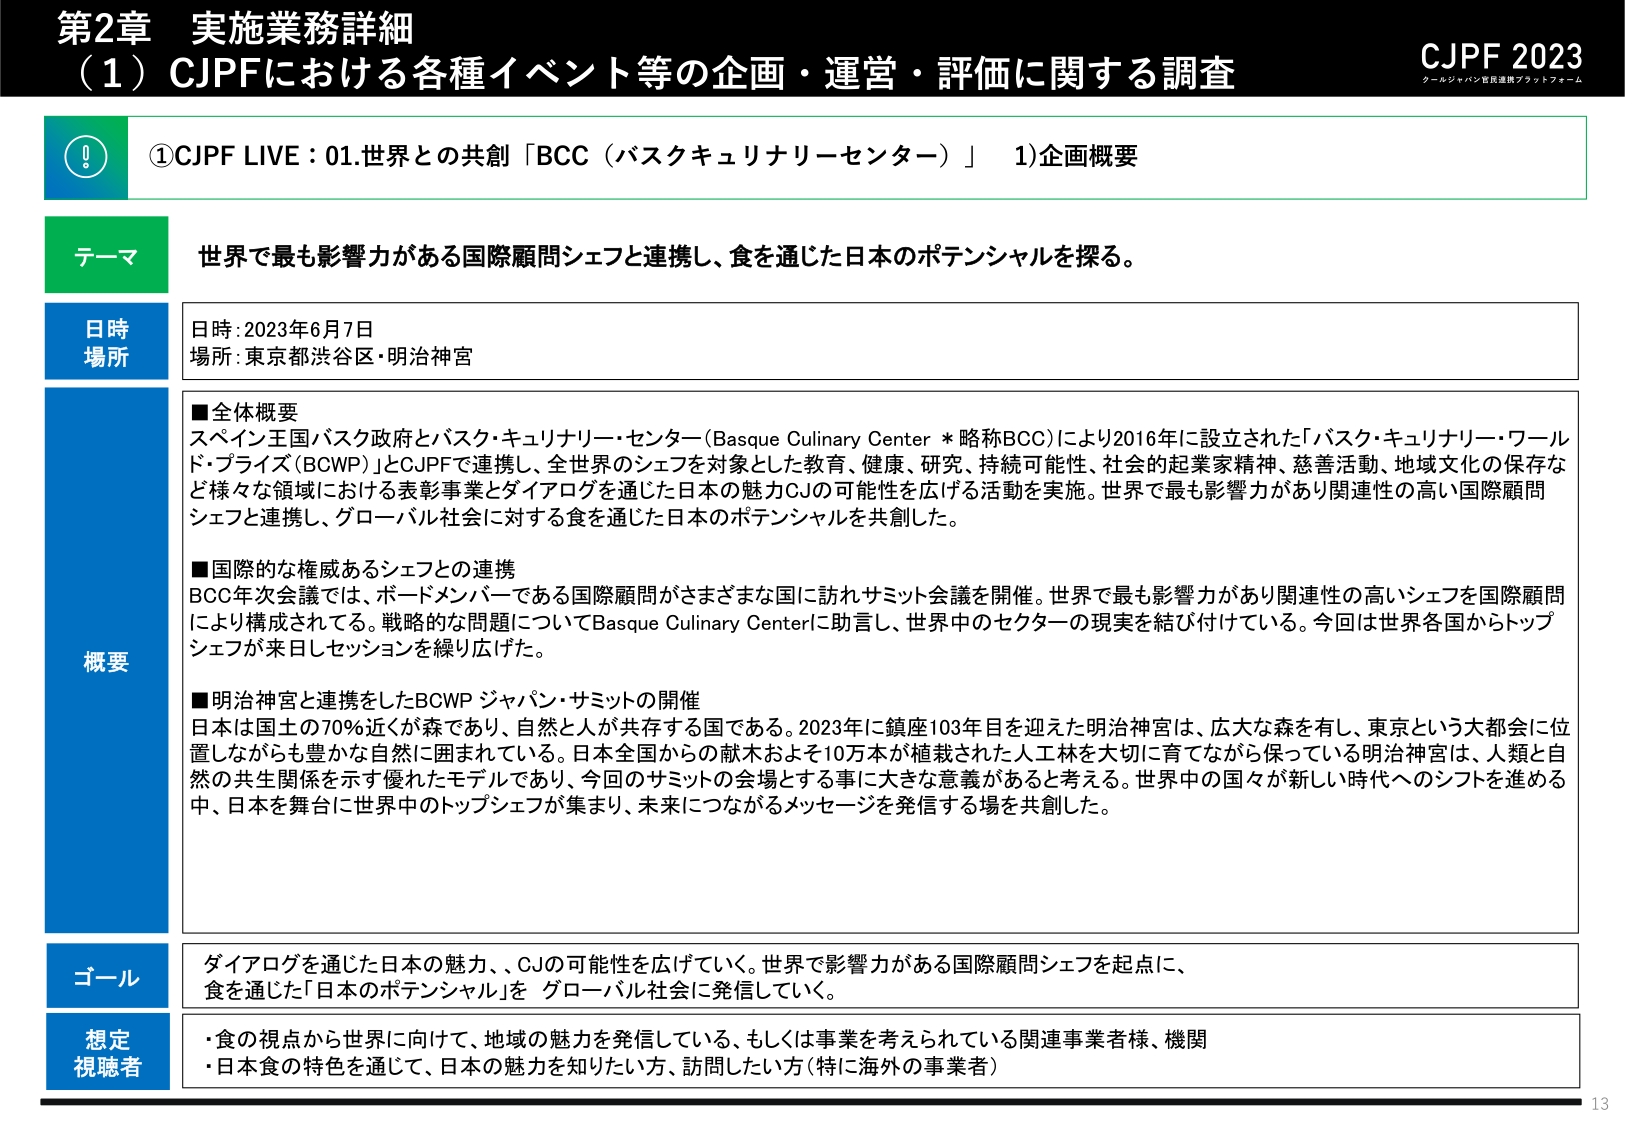
第2章 実施業務詳細
（1）CJPFにおける各種イベント等の企画・運営・評価に関する調査

CJPF 2023
クールジャパン官民連携プラットフォーム

①CJPF LIVE：01.世界との共創「BCC（バスクキュリナリーセンター）」 1)企画概要

テーマ
世界で最も影響力がある国際顧問シェフと連携し、食を通じた日本のポテンシャルを探る。

日時
場所
日時：2023年6月7日
場所：東京都渋谷区・明治神宮

概要
■全体概要
スペイン王国バスク政府とバスク・キュリナリー・センター（Basque Culinary Center * 略称BCC）により2016年に設立された「バスク・キュリナリー・ワールド・プラズ（BCWP）」とCJPFで連携し、全世界のシェフを対象とした教育、健康、研究、持続可能性、社会的起業家精神、慈善活動、地域文化の保存など様々な領域における表彰事業とダイアログを通じた日本の魅力CJの可能性を広げる活動を実施。世界で最も影響力があり関連性の高い国際顧問シェフと連携し、グローバル社会に対する食を通じた日本のポテンシャルを共創した。

■国際的な権威あるシェフとの連携
BCC年次会議では、ボードメンバーである国際顧問がさまざまな国に訪れサミット会議を開催。世界で最も影響力があり関連性の高いシェフを国際顧問により構成されている。戦略的な問題についてBasque Culinary Centerに助言し、世界中のセクターの現実を結び付けている。今回は世界各国からトップシェフが来日しセッションを繰り広げた。

■明治神宮と連携をしたBCWP ジャパン・サミットの開催
日本は国土の70%近くが森であり、自然と人が共存する国である。2023年に鎮座103年目を迎えた明治神宮は、広大な森を有し、東京という大都会に位置しながらも豊かな自然に囲まれている。日本全国からの献木およそ10万本が植栽された人工林を大切に育てながら保っている明治神宮は、人類と自然の共生関係を示す優れたモデルであり、今回のサミットの会場とする事に大きな意義があると考える。世界中の国々が新しい時代へのシフトを進める中、日本を舞台に世界中のトップシェフが集まり、未来につながるメッセージを発信する場を共創した。

ゴール
ダイアログを通じた日本の魅力、、CJの可能性を広げていく。世界で影響力がある国際顧問シェフを起点に、食を通じた「日本のポテンシャル」を グローバル社会に発信していく。

想定
視聴者
・食の視点から世界に向けて、地域の魅力を発信している、もしくは事業を考えられている関連事業者様、機関
・日本食の特色を通じて、日本の魅力を知りたい方、訪問したい方（特に海外の事業者）

13